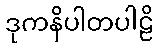
ဒုကနိပါတပါဠိ